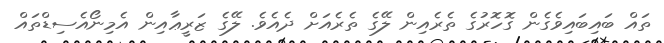
ތައް ބައިބައިވެގެން ގޮހޮރުގެ ތެރެއިން ލޭގެ ތެރެއަށް ދެއެވެ. ލޭގެ ޒަރީޢާއިން އެމިނޯއެސިޑްތައް